Memorandum on the prevention of leprosy by segregation of the affected
Disease focus: Leprosy
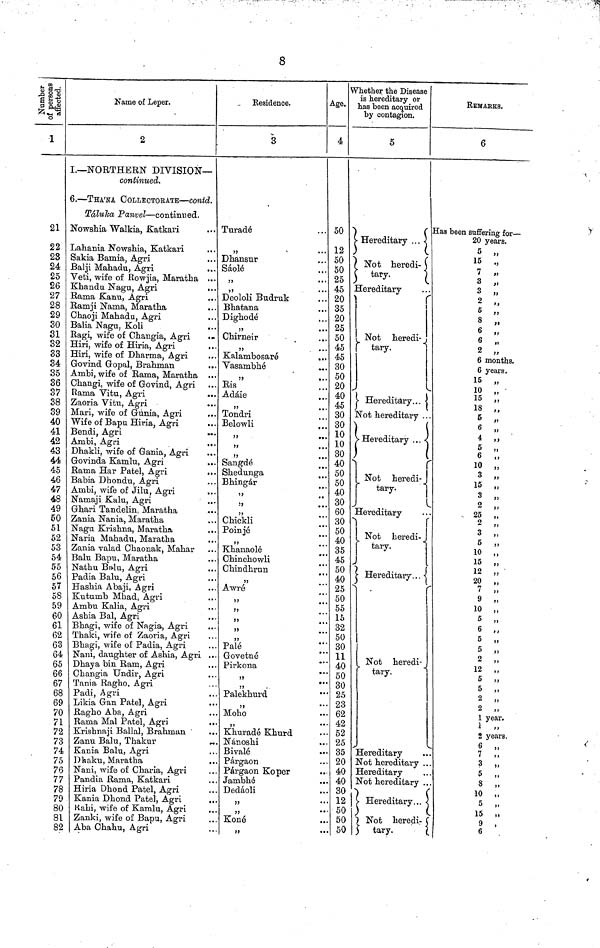
8
Number of persons
affected.
1
1
21
22
23
24
25
26
27
28
29
30
31
32
33
34
35
36
37
38
39
40
41
42
43
44
45
46
47
48
49
50
51
52
53
54
55
56
57
58
59
60
61
62
63
64
65
66
67
68
69
70
71
72
73
74
75
76
77
78
79
80
81
82
Name of Leper.
2
I.— NORTHERN DIVISION—
continued.
6. — THA'NA OOLLECTORATE — contd.
Táluka Panvel — continued.
Nowshia "Walkia, Katkari
Lahania Nowshia, Katkari
Sakia Bamia, Agri
..
Balji Mahadu, Agri
Veti, wife of Rowjia, Maratha
Khandu Nagu, Agri
..
Rama Kanu, Agri
Ramji Nama, Maratha
Chaoji Mahadu, Agri
Balia Nagu, Koli
Ragi, wife of Changia, Agri
Hiri, wife of Hiria, Agri
Hiri, wife of Dharma, Agri
Govind Gopal, Brahman
Ambi, wife of Rama, Maratha ..
Changi, wife of Govind, Agri
Rama Vitu, Agri
Zaoria Vitu, Agri
Mari, wife of Gunia, Agri
Wife of Bapu Hiria, Agri
Bendi, Agri
Ambi, Agri
Dhakli, wife of Gania, Agri
Govinda Kamlu, Agri
..
Rama Har Patel, Agri
Babia Dhondu, Agri
Ambi, wife of Jilu, Agri
Namaji Kalu, Agri
Ghari Tandelin, Maratha
Zania Nania, Maratha
Nagu Krishna, Maratha
Naria Mahadu, Maratha
Zania valad Chaonak, Mahar
Balu Bapu, Maratha
Nathu Balu, Agri
Padia Balu, Agri
Hashia Abaji, Agri
Kutumb Mhad, Agri
Ambu Kalia, Agri
Asbia Bal, Agri
Bhagi, wife of Nagia, Agri
Thaki, wife of Zaoria, Agri
Bhagi, wife of Padia, Agri
Nani, daughter of Ashia, Agri .
Dhaya bin Ram, Agri
Changia Undir, Agri
Tania Ragho, Agri
Padi, Agri
Likia Gan Patel, Agri
Ragho Aba, Agri
Rama Mai Patel, Agri
Krishnaji Ballal, Brahman
Zanu Balu, Thakur
Kania Balu, Agri
Dbaku, Maratha
Nani, wife of Charia, Agri
Pandia Rama, Katkari
Hiria Dhond Patel, Agri
Kania Dhond Patel, Agri
Kahi, wife of Kamlu, Agri
Zanki, wife of Bapu, Agri
Aba Chahu, Agri
Residence.
3
Turadá
55
Dhansur
Sáolá
"
Deololi Budruk
Bhatana
Dighode
Chirneir
55
. Kalambosare
. Vasambhe
"
Ris
Adáie
55
Tondri
Belowli
*
55
55
55
.
Sangdá
Shedunga
Bhingar
55
Chickli
Poinjé
"
.
Khanaolá
Chinchowli
Chindhrun
"
Awré
..
..
..
..
Palé
Govetné
Pirkona
55
"
Palekhurd
55
.. Moho
"
Khuradé Khurd
Nánoshi
Bivalé
Párgaon
Párgaon Koper
Jambhé
Dedáoli
"
"
Koné
"
Age.
4
50 "
12
50
50
25
45
20
35
20
25
50
45
. 45
. 30
. 50
. 20
. 40
. 45
30
. 30
. 10
. 10
. 30
40
; 50
50
40
30
60
30
50
40
35
45
50
40
25
50
55
15
32
50
30
11
40
50
30
— 25
... 23
... 62
... 42
... 52
... 25
... 35
... 20
. 40
. . 40
. . 30
. . 12
. 50
. . 50
. . 50
Whether the Disease
is hereditary or
has been acquired
by contagion.
5
Hereditary ...
Not
heredi-
tary.
Hereditary
1
Not
heredi-
tary.
Hereditary... •
Not hereditary .
Hereditary
Not
heredi-
tary.
Hereditary
Not
heredi-
tary.
Hereditary...
Not heredi-
tary.
Hereditary
Not hereditary
Hereditary
Not hereditary
Hereditary...
Not heredi:-
tary.
REMAEKS.
6
Has been suffering for —
20 years.
5 „
15
7 „
3 „
3 "
2 „
6 „
8 „
6 „
6 „
2 „
6 months.
6 years.
15 „
10
„
15 "
1
18 „
5 „
6 „
4
,
5
6
,
10 ,
3 "
15 "
3
"
2
,
25
,
2
"
3
"
5
,
10
,
15
,
12
"
20
,
7
"
9
10
,
5
,
6
"
5
,
5
,
2
,
12
,
5
"
5
,
2
,
2
,
1 year.
1 „
2 years.
6 „
7
„
3 „
5 „
8 „
10 „
5 „
15 „
9 "
6"